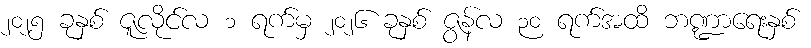
၂၀၂၅ ခုနှစ် ဇူလိုင်လ ၁ ရက်မှ ၂၀၂၆ ခုနှစ် ဇွန်လ ၃၀ ရက်အထိ ဘဏ္ဍာရေးနှစ်